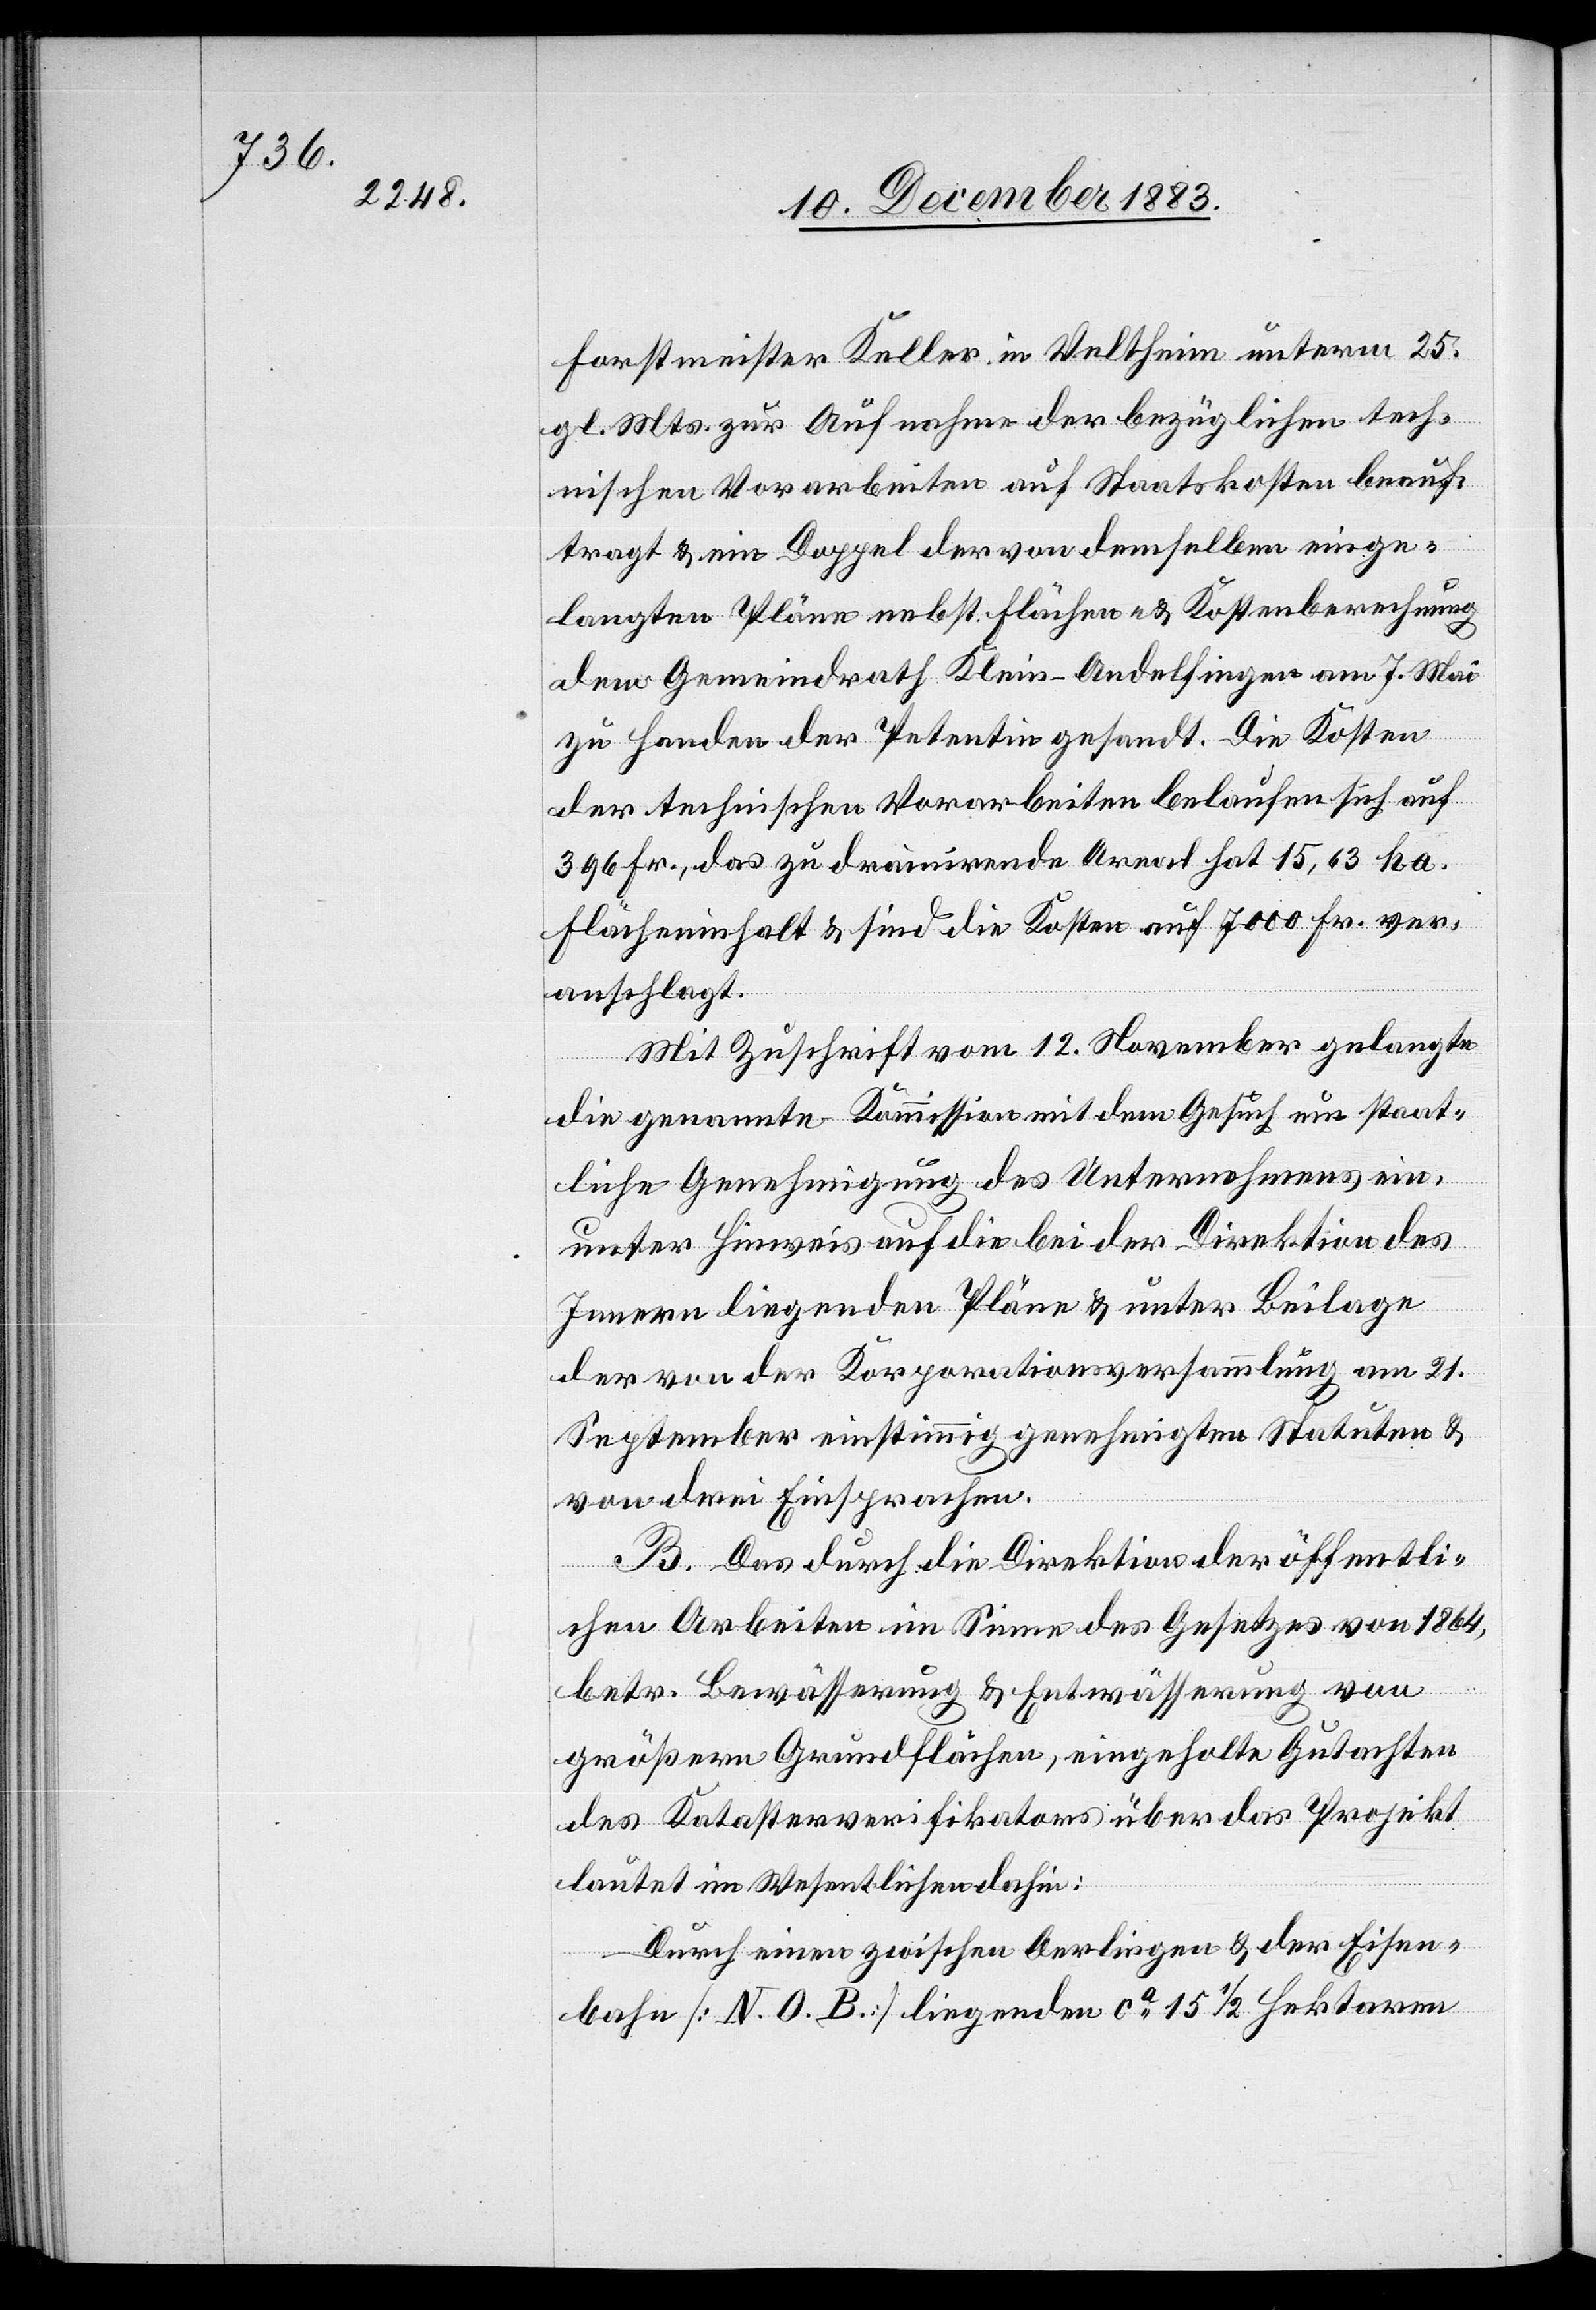
Forstmeister Keller in Veltheim unterm 25.
gl. Mts. zur Aufnahme der bezüglichen tech¬
nischen Vorarbeiten auf Staatskosten bean¬
tragt & ein Doppel der von demselben einge¬
langten Pläne nebst Flächen- & Kostenberechnung
dem Gemeindrath Klein-Andelfingen am 7. Mai
zu Handen der Petentin gesandt. Die Kosten
der technischen Vorarbeiten belaufen sich auf
396 Fr., das zu drainirende Areal hat 15,63 ha.
Flächeninhalt & sind die Kosten auf 7000 Fr. ver¬
anschlagt.
Mit Zuschrift vom 12. November gelangte
die genannte Kommission mit dem Gesuch um staat¬
liche Genehmigung des Unternehmens ein,
unter Hinweis auf die bei der Direktion des
Innern liegenden Pläne & unter Beilage
der von der Korporationsversammlung am 21.
September einstimmig genehmigten Statuten &
von drei Einsprachen.
B. Das durch die Direktion der öffentli¬
chen Arbeiten im Sinne des Gesetzes von 1864,
betr. Bewässerung & Entwässerung von
größern Grundflächen, eingeholte Gutachten
des Katasterverifikators über das Projekt
lautet im Wesentlichen dahin:
Durch einen zwischen Oerlingen & der Eisen¬
bahn [N. O. B.] liegenden ca 15 1/2 Hektaren